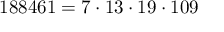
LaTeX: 1 8 8 4 6 1 = 7 \cdot 1 3 \cdot 1 9 \cdot 1 0 9